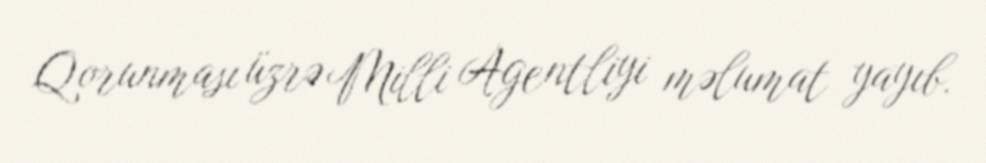
Qorunması üzrə Milli Agentliyi məlumat yayıb.